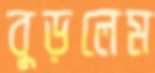
বুড়লেম